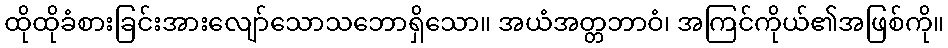
ထိုထိုခံစားခြင်းအားလျော်သောသဘောရှိသော။ အယံအတ္တဘာဝံ၊ အကြင်ကိုယ်၏အဖြစ်ကို။